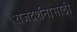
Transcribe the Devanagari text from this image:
राजदर्शनासाठी